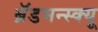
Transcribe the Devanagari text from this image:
ब्रॅडमन्स्क्यू